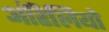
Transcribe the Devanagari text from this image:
ऑरेलियो